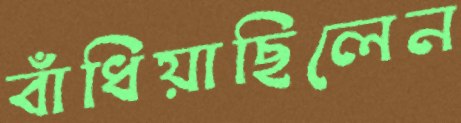
বাঁধিয়াছিলেন